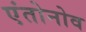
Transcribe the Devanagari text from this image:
एंतोनोव